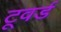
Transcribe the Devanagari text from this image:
टूवर्ड